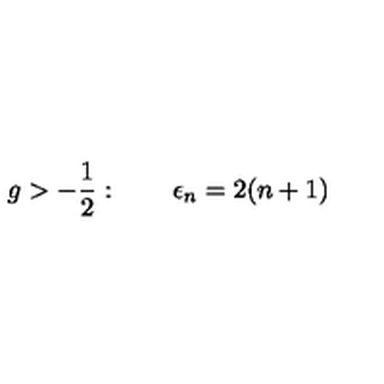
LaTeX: g > - { \frac { 1 } { 2 } } : \qquad \epsilon _ { n } = 2 ( n + 1 )